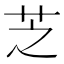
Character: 芝